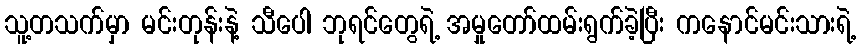
သူ့တသက်မှာ မင်းတုန်းနဲ့ သီပေါ ဘုရင်တွေရဲ့ အမှုတော်ထမ်းရွက်ခဲ့ပြီး ကနောင်မင်းသားရဲ့